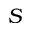
S